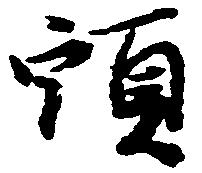
頭